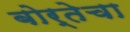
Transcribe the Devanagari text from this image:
बोर्तेचा